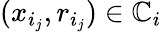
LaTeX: (x_{i_{j}},r_{i_{j}})\in\mathbb{C}_{i}